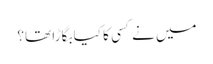
میں نے کسی کا کیا بگاڑا تھا؟